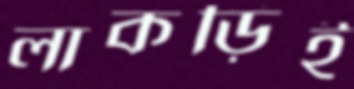
লাকড়িই